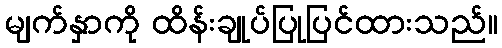
မျက်နှာကို ထိန်းချုပ်ပြုပြင်ထားသည်။